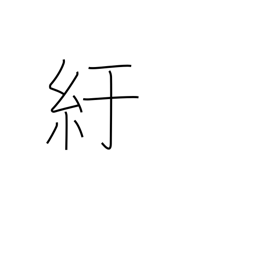
Meaning: crouch